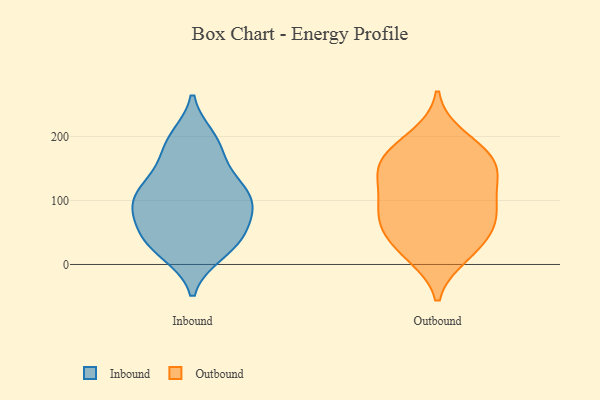
{"axis": {"x": "Operating Costs (USD K)", "y": "Value"}, "legend": ["Inbound", "Outbound"], "data": [{"x": "", "y": 108, "type": "Inbound"}, {"x": "", "y": 110, "type": "Inbound"}, {"x": "", "y": 26, "type": "Inbound"}, {"x": "", "y": 82, "type": "Inbound"}, {"x": "", "y": 53, "type": "Inbound"}, {"x": "", "y": 44, "type": "Inbound"}, {"x": "", "y": 188, "type": "Inbound"}, {"x": "", "y": 117, "type": "Inbound"}, {"x": "", "y": 43, "type": "Inbound"}, {"x": "", "y": 131, "type": "Inbound"}, {"x": "", "y": 197, "type": "Inbound"}, {"x": "", "y": 77, "type": "Inbound"}, {"x": "", "y": 18, "type": "Inbound"}, {"x": "", "y": 160, "type": "Inbound"}, {"x": "", "y": 190, "type": "Inbound"}, {"x": "", "y": 118, "type": "Inbound"}, {"x": "", "y": 24, "type": "Inbound"}, {"x": "", "y": 91, "type": "Inbound"}, {"x": "", "y": 85, "type": "Inbound"}, {"x": "", "y": 97, "type": "Outbound"}, {"x": "", "y": 64, "type": "Outbound"}, {"x": "", "y": 139, "type": "Outbound"}, {"x": "", "y": 32, "type": "Outbound"}, {"x": "", "y": 15, "type": "Outbound"}, {"x": "", "y": 81, "type": "Outbound"}, {"x": "", "y": 199, "type": "Outbound"}, {"x": "", "y": 135, "type": "Outbound"}, {"x": "", "y": 62, "type": "Outbound"}, {"x": "", "y": 73, "type": "Outbound"}, {"x": "", "y": 156, "type": "Outbound"}, {"x": "", "y": 22, "type": "Outbound"}, {"x": "", "y": 170, "type": "Outbound"}, {"x": "", "y": 178, "type": "Outbound"}, {"x": "", "y": 157, "type": "Outbound"}, {"x": "", "y": 111, "type": "Outbound"}]}